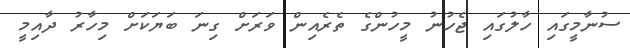
ސުނާމީގައި ހާލުގައި ޖެހުނު މީހުންގެ ތެރެއިން ވަރަށް ގިނަ ބަޔަކަށް މިހާރު ދާއިމީ